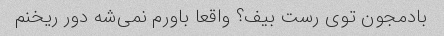
بادمجون توی رست بیف؟ واقعا باورم نمی‌شه دور ریخنم